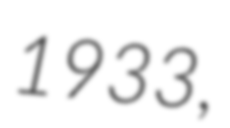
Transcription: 1933,